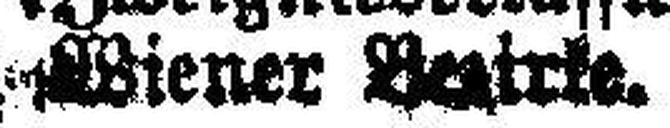
Wiener Beatrie.